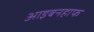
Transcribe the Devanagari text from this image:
आइबनहाफ